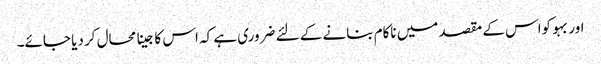
اور بہو کواس کے مقصد میں ناکام بنانے کے لئے ضروری ہے کہ اس کا جینا محال کر دیا جائے۔